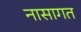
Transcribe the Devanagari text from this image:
नासागत